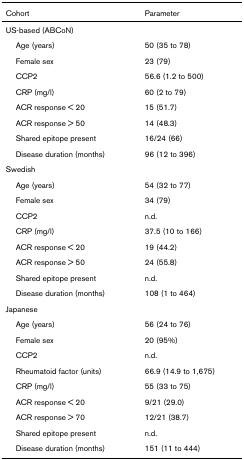
| Cohort | Parameter |
 | --- | --- |
 | US-based (ABCoN) |  |
 | Age (years) | 50 (35 to 78) |
 | Female sex | 23 (79) |
 | CCP2 | 56.6 (1.2 to 500) |
 | CRP (mg/l) | 60 (2 to 79) |
 | ACR response < 20 | 15 (51.7) |
 | ACR response > 50 | 14 (48.3) |
 | Shared epitope present | 16/24 (66) |
 | Disease duration (months) | 96 (12 to 396) |
 | Swedish |  |
 | Age (years) | 54 (32 to 77) |
 | Female sex | 34 (79) |
 | CCP2 | n.d. |
 | CRP (mg/l) | 37.5 (10 to 166) |
 | ACR response < 20 | 19 (44.2) |
 | ACR response > 50 | 24 (55.8) |
 | Shared epitope present | n.d. |
 | Disease duration (months) | 108 (1 to 464) |
 | Japanese |  |
 | Age (years) | 56 (24 to 76) |
 | Female sex | 20 (95%) |
 | CCP2 | n.d. |
 | Rheumatoid factor (units) | 66.9 (14.9 to 1,675) |
 | CRP (mg/l) | 55 (33 to 75) |
 | ACR response < 20 | 9/21 (29.0) |
 | ACR response > 70 | 12/21 (38.7) |
 | Shared epitope present | n.d. |
 | Disease duration (months) | 151 (11 to 444) |